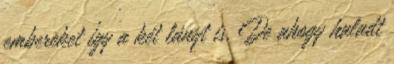
embereket így a két lányt is. De ahogy haladt